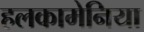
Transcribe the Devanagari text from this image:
हलकामेनिया